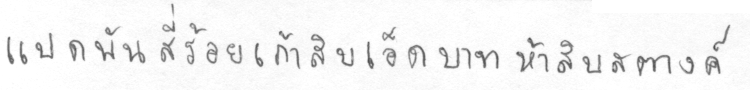
แปดพันสี่ร้อยเก้าสิบเอ็ดบาทห้าสิบสตางค์